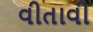
વીતાવી